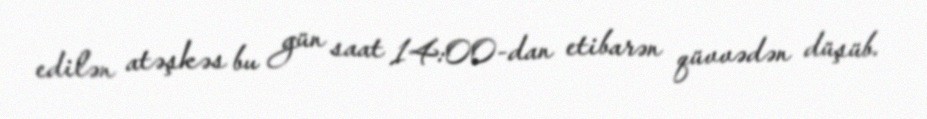
edilən atəşkəs bu gün saat 14:00-dan etibarən qüvvədən düşüb.